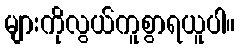
များကိုလွယ်ကူစွာရယူပါ။